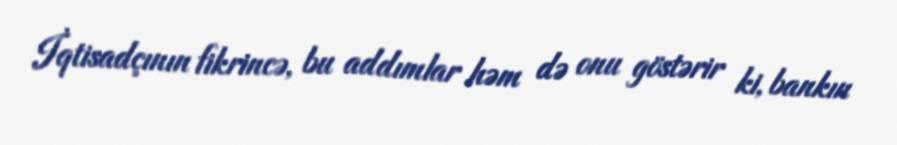
İqtisadçının fikrincə, bu addımlar həm də onu göstərir ki, bankın